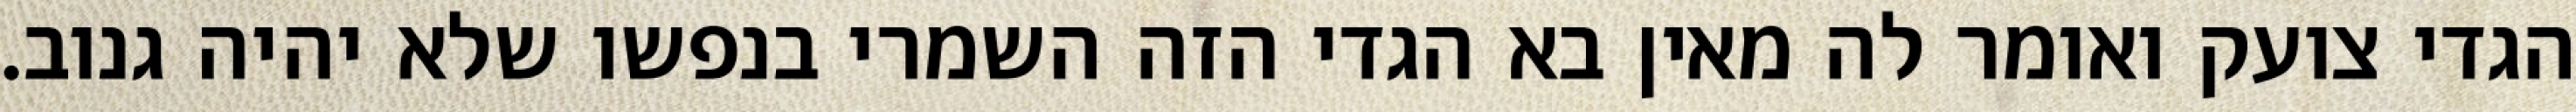
הגדי צועק ואומר לה מאין בא הגדי הזה השמרי בנפשו שלא יהיה גנוב.